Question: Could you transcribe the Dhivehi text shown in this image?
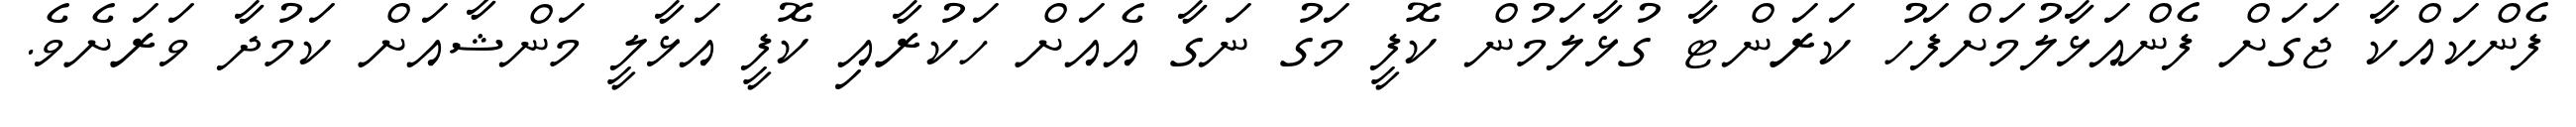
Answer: ފެންކައްކާ ޖަގަށް ފެންއަޅާލުމަށްފަހު ކަރަންޓާ ގުޅާލަމުން ކޮފީ މަގު ނަގާ އެއަށް ހަކުރާއި ކޮފީ އަޅާލީ މަންޝާއަށް ކަމުދާ ވަރަށެވެ.